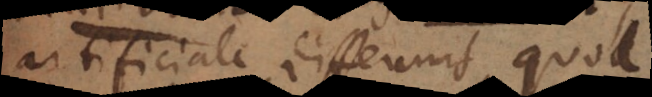
artificiale differunt, quod